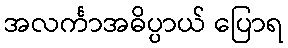
အလင်္ကာအဓိပ္ပာယ် ပြောရ